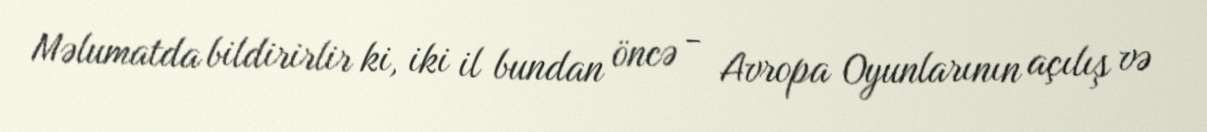
Məlumatda bildirirlir ki, iki il bundan öncə - Avropa Oyunlarının açılış və